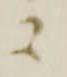
ニ